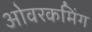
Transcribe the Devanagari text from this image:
ओवरकमिंग